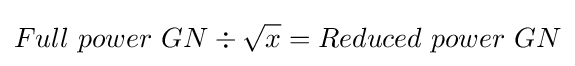
Full\ power\ GN\div {\sqrt {x}}=Reduced\ power\ GN